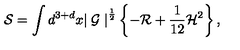
{ \cal S } = \int d ^ { 3 + d } x { \mid { \cal G } \mid } ^ { \frac { 1 } { 2 } } \left\{ - { \cal R } + \frac { 1 } { 1 2 } { \cal H } ^ { 2 } \right\} ,